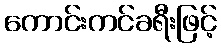
ကောင်းကင်ခရီးဖြင့်